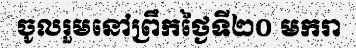
ចូលរួមនៅព្រឹកថ្ងៃទី២០ មករា